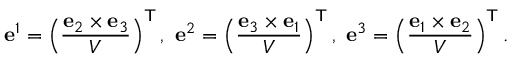
\mathbf { e } ^ { 1 } = \left( { \frac { \mathbf { e } _ { 2 } \times \mathbf { e } _ { 3 } } { V } } \right) ^ { \mathsf { T } } , \ \mathbf { e } ^ { 2 } = \left( { \frac { \mathbf { e } _ { 3 } \times \mathbf { e } _ { 1 } } { V } } \right) ^ { \mathsf { T } } , \ \mathbf { e } ^ { 3 } = \left( { \frac { \mathbf { e } _ { 1 } \times \mathbf { e } _ { 2 } } { V } } \right) ^ { \mathsf { T } } .